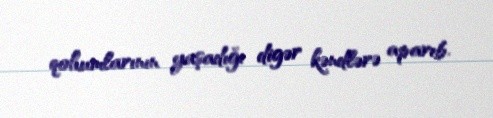
qohumlarının yaşadığı digər kəndlərə aparıb.